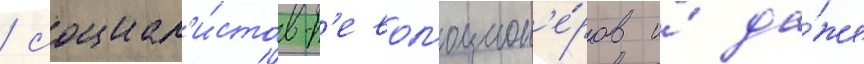
/ социал'и́стов-р'евол'юцион'е́ров и́ да́же